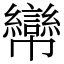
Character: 㡩